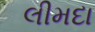
લીમદા